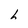
Character: h